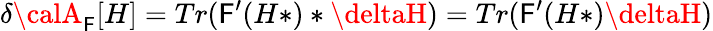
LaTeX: \delta{\calA}_{\mathsf{F}}[H]=Tr(\mathsf{F}^{\prime}(H*)*\deltaH)=Tr(\mathsf{F}^{\prime}(H*)\deltaH)